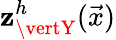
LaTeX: \mathbf{z}_{\vertY}^{h}(\vec{{x}})